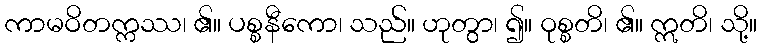
ကာမဝိတက္ကဿ၊ ၏။ ပစ္စနီကော၊ သည်။ ဟုတွာ၊ ၍။ ဝုစ္စတိ၊ ၏။ ဣတိ၊ သို့။